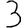
Digit: 3